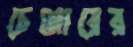
চেঞ্জারের